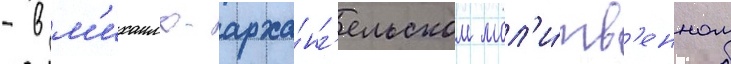
- в м'ихаило-арха́нг'ельском мол'и́тв'енном